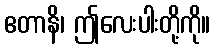
ဧတာနိ၊ ဤလေးပါးတို့ကို။